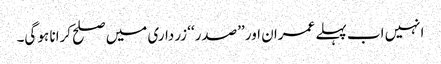
انہیں اب پہلے عمران اور ’’صدر‘‘ زرداری میں صلح کرانا ہو گی۔